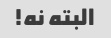
البته نه!